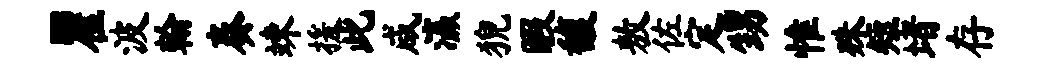
瞿波翰奏竦援此咸瀛猊暇馥敖佐定甥惟殊短堵存